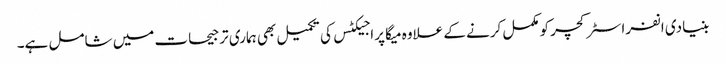
بنیادی انفراسٹرکچر کومکمل کرنے کے علاوہ میگا پراجیکٹس کی تکمیل بھی ہماری ترجیحات میں شامل ہے۔